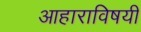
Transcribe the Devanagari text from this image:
आहाराविषयी